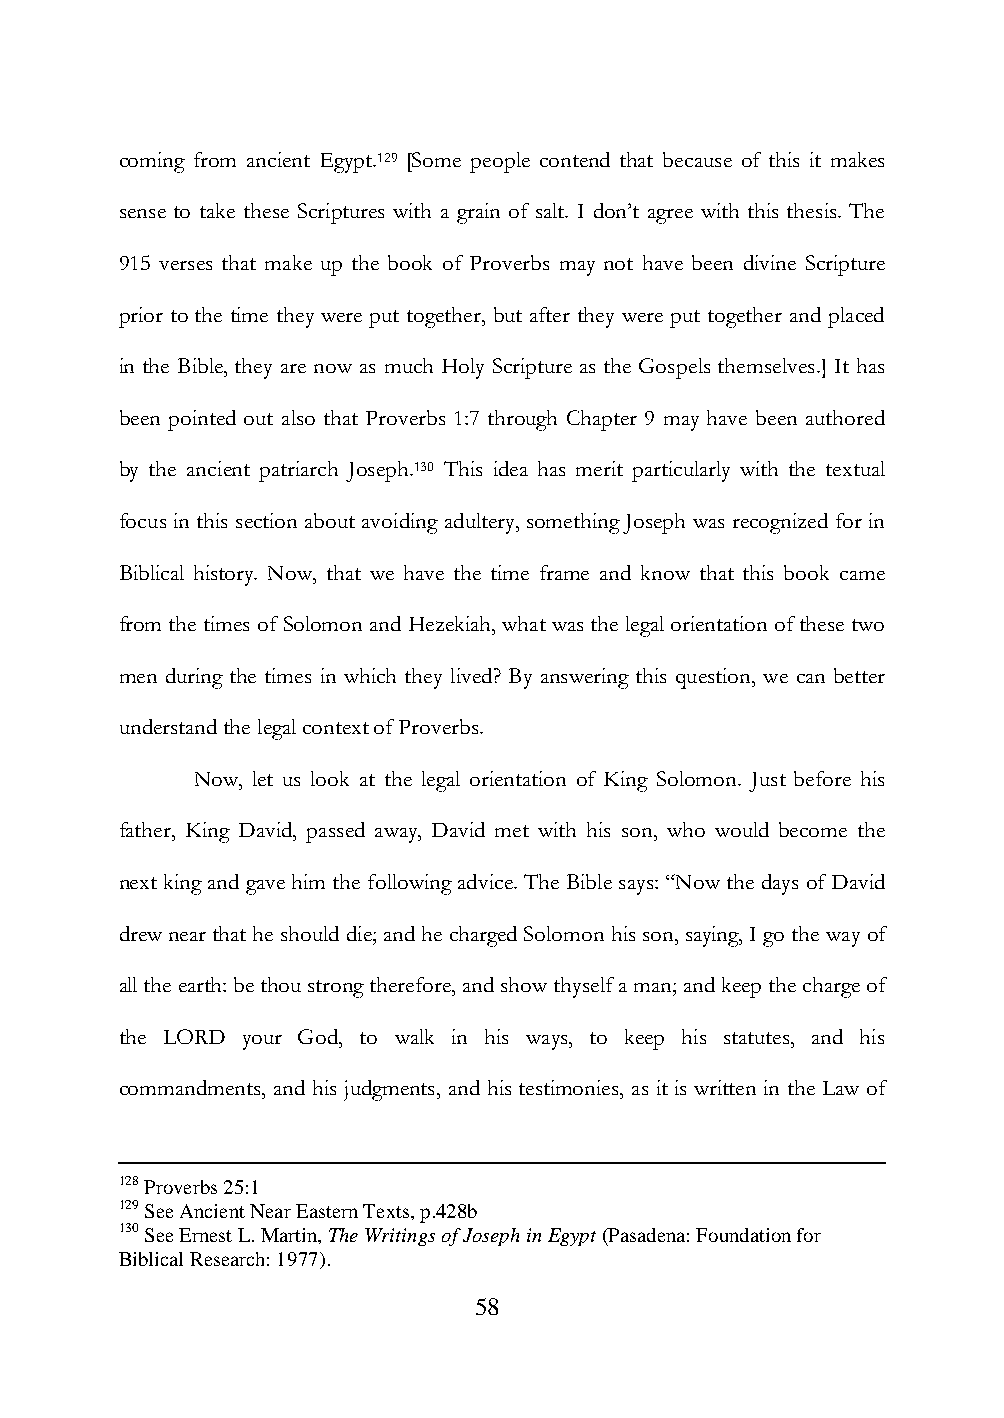
coming from ancient Egypt.129 [Some people contend that because of this it makes
 sense to take these Scriptures with a grain of salt. I don‟t agree with this thesis. The
 915 verses that make up the book of Proverbs may not have been divine Scripture
 prior to the time they were put together, but after they were put together and placed
 in the Bible, they are now as much Holy Scripture as the Gospels themselves.] It has
 been pointed out also that Proverbs 1:7 through Chapter 9 may have been authored
 by the ancient patriarch Joseph.130 This idea has merit particularly with the textual
 focus in this section about avoiding adultery, something Joseph was recognized for in
 Biblical history. Now, that we have the time frame and know that this book came
 from the times of Solomon and Hezekiah, what was the legal orientation of these two
 men during the times in which they lived? By answering this question, we can better
 understand the legal context of Proverbs.
 Now, let us look at the legal orientation of King Solomon. Just before his
 father, King David, passed away, David met with his son, who would become the
 next king and gave him the following advice. The Bible says: “Now the days of David
 drew near that he should die; and he charged Solomon his son, saying, I go the way of
 all the earth: be thou strong therefore, and show thyself a man; and keep the charge of
 the LORD your God, to walk in his ways, to keep his statutes, and his
 commandments, and his judgments, and his testimonies, as it is written in the Law of
 128 Proverbs 25:1
 129 See Ancient Near Eastern Texts, p.428b
 130 See Ernest L. Martin, The Writings of Joseph in Egypt (Pasadena: Foundation for
 Biblical Research: 1977).
 58